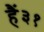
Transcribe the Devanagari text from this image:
हैं३१